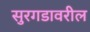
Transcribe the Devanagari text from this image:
सुरगडावरील